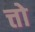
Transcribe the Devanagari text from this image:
त्तो